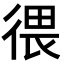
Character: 𪫑